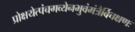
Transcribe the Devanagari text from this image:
प्रोक्षयेत्पंचगव्येनभुवंमंत्रैर्विचक्षणः